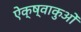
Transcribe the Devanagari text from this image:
ऐक्ष्वाकुओं